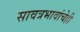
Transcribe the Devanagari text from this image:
सावत्रभावांचेही